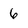
Character: 6